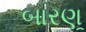
બારણૂ